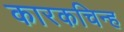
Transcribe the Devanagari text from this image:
कारकचिन्ह